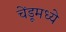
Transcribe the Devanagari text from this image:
चेंडूमध्ये